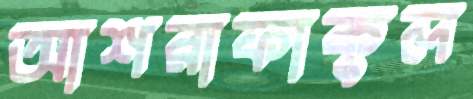
আশরাফাকুল